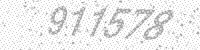
Solution: 911578